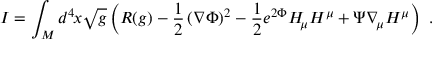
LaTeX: I = \int _ { \cal { M } } d ^ { 4 } \! x \sqrt { g } \left( R ( g ) - { \frac { 1 } { 2 } } \left( \nabla \Phi \right) ^ { 2 } - { \frac { 1 } { 2 } } e ^ { 2 \Phi } H _ { \! \mu } H ^ { \mu } + \Psi \nabla _ { \! \mu } H ^ { \mu } \right) \ .